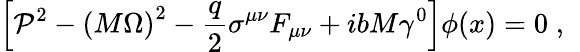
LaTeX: \left[{\cal P}^{2}-\left(M\Omega\right)^{2}-\frac q2\sigma^{\mu\nu}F_{\mu\nu}+ibM\gamma^{0}\right]\phi(x)=0\; ,\; \;